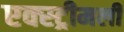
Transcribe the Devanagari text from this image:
एक्स्ट्रीमली